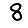
Digit: 8